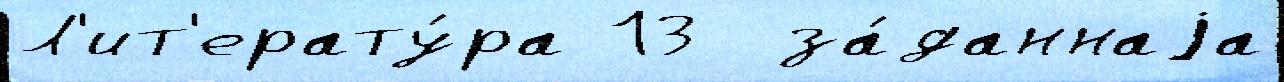
Л'ит'ерату́ра 13  за́даннаjа